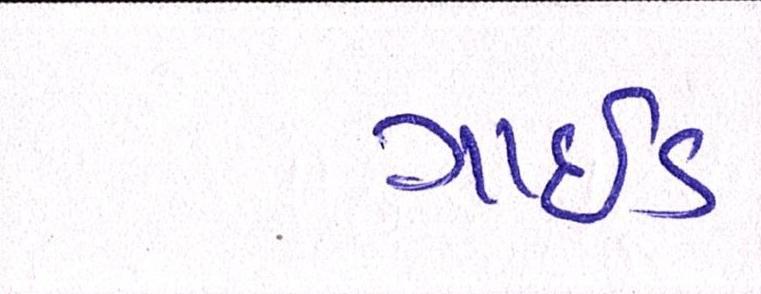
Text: ગાઇડ